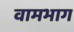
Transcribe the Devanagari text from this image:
वामभाग